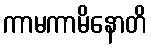
ကာမကာမိနောတိ